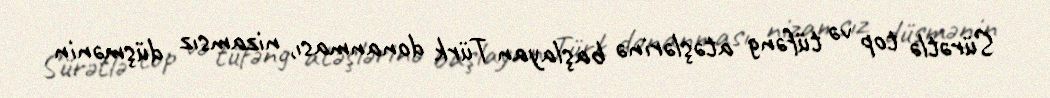
Sürətlə top və tüfəng atəşlərinə başlayan Türk donanması, nizamsız düşmənin